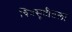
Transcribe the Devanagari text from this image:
चित्रसृष्टीतला